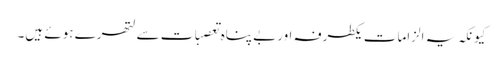
کیونکہ یہ الزامات یکطرفہ اوربے پناہ تعصبات سے لتھرے ہوئے ہیں۔